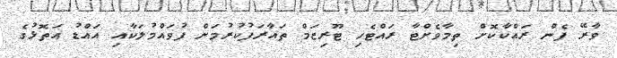
ވާރޭ ފެން ރައްކާކޮށް ތިމާވެށްޓާ ރައްޓެހި ޓޫރިޒަމް ތައާރަފުކުރުމަށް ފުވައްމުލަކާއި އައްޑު އަތޮޅުގެ